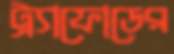
ট্র্যাফোডের